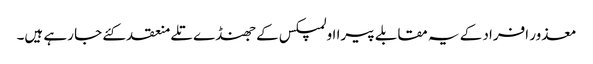
معذور افراد کے یہ مقابلے پیرا اولمپکس کے جھنڈے تلے منعقد کئے جا رہے ہیں۔